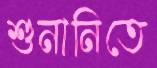
শুনানিতে